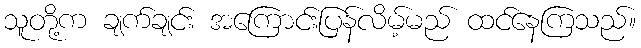
သူတို့က ချက်ချင်း အကြောင်းပြန်လိမ့်မည် ထင်နေကြသည်။